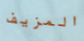
المزيف